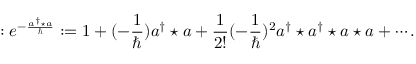
: e ^ { - \frac { a ^ { \dagger } \star a } { \hbar } } : = 1 + ( - \frac { 1 } { \hbar } ) a ^ { \dagger } \star a + \frac { 1 } { 2 ! } ( - \frac { 1 } { \hbar } ) ^ { 2 } a ^ { \dagger } \star a ^ { \dagger } \star a \star a + \cdots .